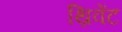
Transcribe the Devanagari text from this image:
थ्रिवेंट